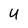
Character: u